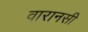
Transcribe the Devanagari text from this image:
वारानसी